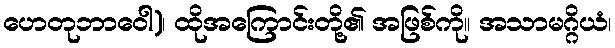
ဟေတုဘာဝေါ)၊ ထိုအကြောင်းတို့၏ အဖြစ်ကို။ အသာမဂ္ဂိယံ၊